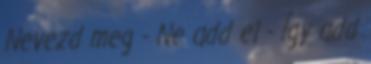
Nevezd meg - Ne add el - Így add